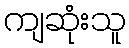
ကျဆုံးသူ